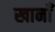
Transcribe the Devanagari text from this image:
खानाँ